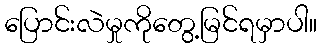
ပြောင်းလဲမှုကိုတွေ့မြင်ရမှာပါ။